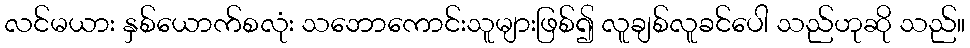
လင်မယား နှစ်ယောက်စလုံး သဘောကောင်းသူများဖြစ်၍ လူချစ်လူခင်ပေါ သည်ဟုဆို သည်။